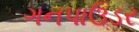
ગનપાઉડર